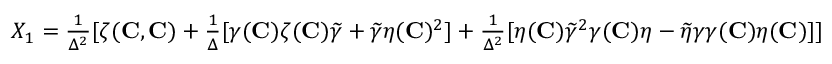
\begin{array} { r } { X _ { 1 } = \frac { 1 } { \Delta ^ { 2 } } [ \zeta ( { \mathbf { C } } , { \mathbf { C } } ) + \frac { 1 } { \Delta } [ \gamma ( { \mathbf { C } } ) \zeta ( { \mathbf { C } } ) \widetilde { \gamma } + \widetilde { \gamma } \eta ( { \mathbf { C } } ) ^ { 2 } ] + \frac { 1 } { \Delta ^ { 2 } } [ \eta ( { \mathbf { C } } ) \widetilde { \gamma } ^ { 2 } \gamma ( { \mathbf { C } } ) \eta - \widetilde { \eta } \gamma \gamma ( { \mathbf { C } } ) \eta ( { \mathbf { C } } ) ] ] } \end{array}